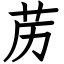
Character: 苈